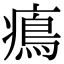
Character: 𤹷